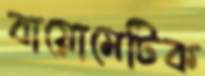
বায়োমেটিক